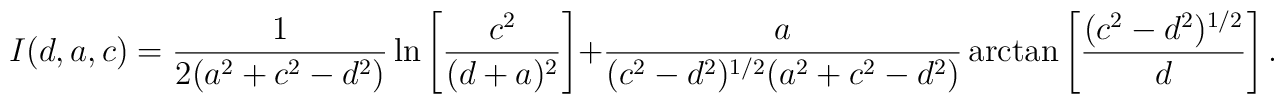
I(d,a,c) = {1 \over 2(a^2+c^2-d^2)} \ln \left[ {c^2 \over (d+a)^2} \right] + {a \over (c^2-d^2)^{1/2}(a^2+c^2-d^2) } \arctan \left[ (c^2-d^2)^{1/2} \over d \right].